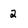
Character: 2